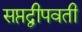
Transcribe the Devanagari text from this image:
सप्तद्वीपवती